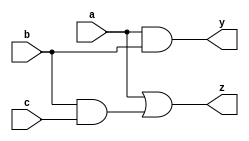
module simple_comb_logic (
    input wire a,          // First input
    input wire b,          // Second input
    input wire c,          // Third input
    output wire y,         // Output
    output wire z          // Another output
);

    // Continuous assignment for output y: y = a AND b
    assign y = a & b;      // Using AND operation

    // Continuous assignment for output z: z = a OR (b AND c)
    assign z = a | (b & c); // Using OR and AND operations

endmodule